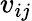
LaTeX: v_{ij}